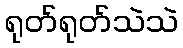
ရုတ်ရုတ်သဲသဲ